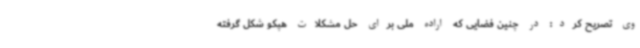
وی تصریح کرد: در چنین فضایی که اراده ملی برای حل مشکلات هپکو شکل گرفته